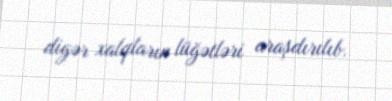
digər xalqların lüğətləri araşdırılıb.